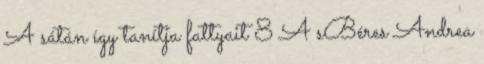
A sátán így tanítja fattyait 8 A sBéres Andrea